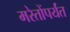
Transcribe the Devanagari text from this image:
मरेतोंपर्यंत